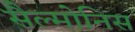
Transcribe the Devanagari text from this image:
सैल्मोनिस